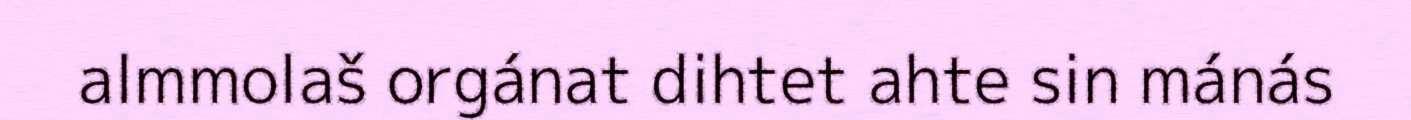
almmolaš orgánat dihtet ahte sin mánás